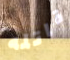
قاتله